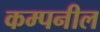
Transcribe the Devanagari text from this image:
कम्पनील